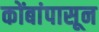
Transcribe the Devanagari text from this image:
कोंबांपासून